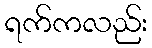
ရက်ကလည်း